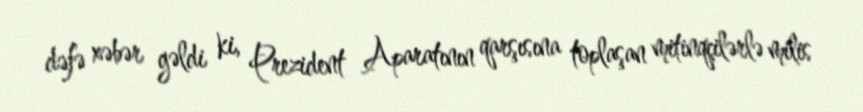
dəfə xəbər gəldi ki, Prezident Aparatının qarşısına toplaşan mitinqçilərlə milis